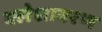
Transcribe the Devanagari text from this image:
क्लेशावरण